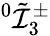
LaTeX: {^0\tilde{\mathcal{I}}_{3}^{\pm}}